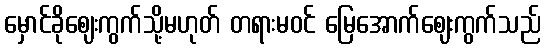
မှောင်ခိုဈေးကွက်သို့မဟုတ် တရားမဝင် မြေအောက်ဈေးကွက်သည်